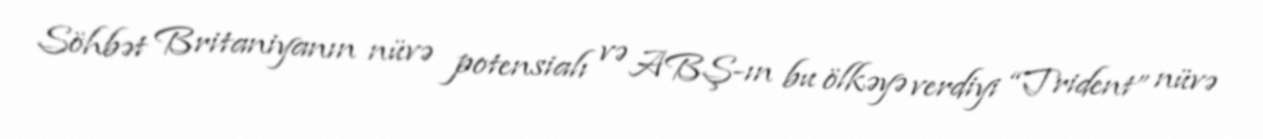
Söhbət Britaniyanın nüvə potensialı və ABŞ-ın bu ölkəyə verdiyi “Trident” nüvə